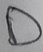
Text: D